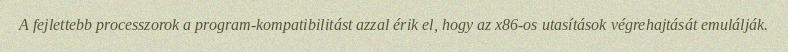
A fejlettebb processzorok a program-kompatibilitást azzal érik el, hogy az x86-os utasítások végrehajtását emulálják.